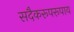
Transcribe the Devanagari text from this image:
सदैकरूपरूपाय